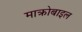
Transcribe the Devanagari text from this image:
माक्रोबाइल